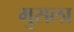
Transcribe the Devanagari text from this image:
मुसला